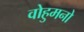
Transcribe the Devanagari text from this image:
वोहुमनो